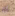
له